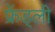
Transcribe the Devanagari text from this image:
फ्रेंड्ली